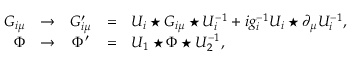
\begin{array} { r c c c l } { { G _ { i \mu } } } & { { \to } } & { { G _ { i \mu } ^ { \prime } } } & { { = } } & { { U _ { i } \star G _ { i \mu } \star U _ { i } ^ { - 1 } + i g _ { i } ^ { - 1 } U _ { i } \star \partial _ { \mu } U _ { i } ^ { - 1 } , } } \\ { { \Phi } } & { { \to } } & { { \Phi ^ { \prime } } } & { { = } } & { { U _ { 1 } \star \Phi \star U _ { 2 } ^ { - 1 } , } } \end{array}